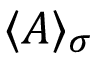
\langle A \rangle _ { \sigma }